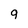
Character: 9